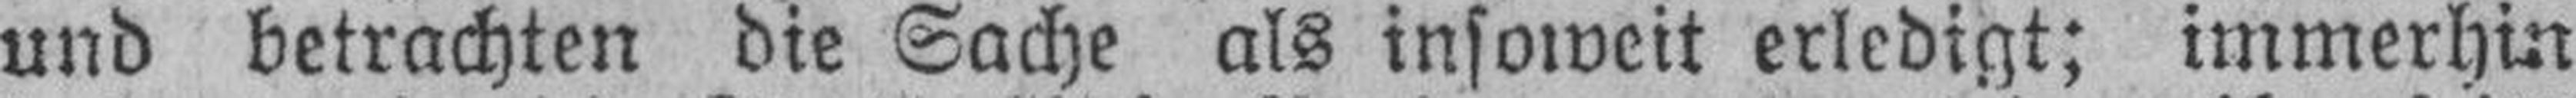
und betrachten die Sache als insoweit erledigt; immerhin